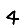
Digit: 4